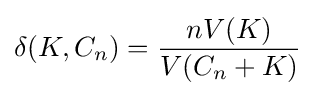
\delta (K,C_{n})={\frac {nV(K)}{V(C_{n}+K)}}